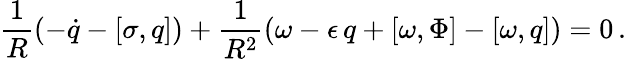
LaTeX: \frac{1}{R}(-\dot{q}-[\sigma,q])+\frac{1}{R^{2}}(\omega-\epsilon\, q+[\omega,\Phi]-[\omega,q])=0\, .